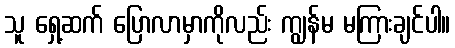
သူ ရှေ့ဆက် ပြောလာမှာကိုလည်း ကျွန်မ မကြားချင်ပါ။